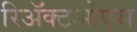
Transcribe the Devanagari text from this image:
रिॲक्टओएस